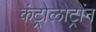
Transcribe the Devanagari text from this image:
कंट्रोलोट्रोंन